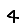
Digit: 4